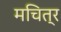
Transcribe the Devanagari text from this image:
मचित्र